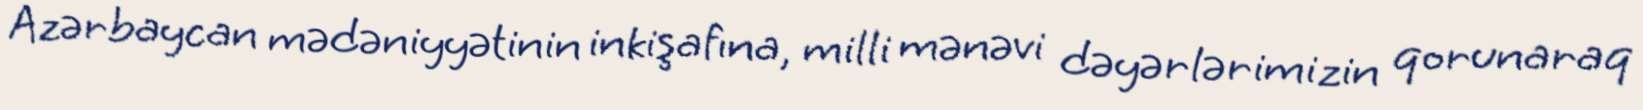
Azərbaycan mədəniyyətinin inkişafına, milli mənəvi dəyərlərimizin qorunaraq